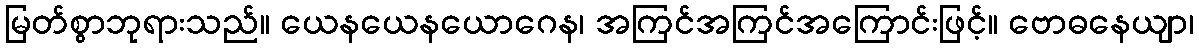
မြတ်စွာဘုရားသည်။ ယေနယေနယောဂေန၊ အကြင်အကြင်အကြောင်းဖြင့်။ ဗောဓနေယျာ၊